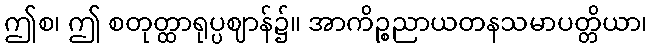
ဤစ၊ ဤ စတုတ္ထာရုပ္ပဈာန်၌။ အာကိဉ္စညာယတနသမာပတ္တိယာ၊